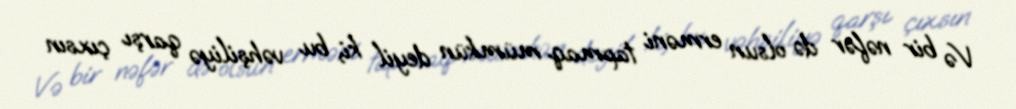
Və bir nəfər də olsun erməni tapmaq mümkün deyil ki, bu vəhşiliyə qarşı çıxsın